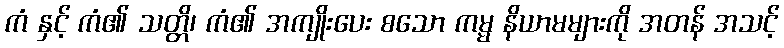
ကံ နှင့် ကံ၏ သတ္တိ၊ ကံ၏ အကျိုးပေး စသော ကမ္မ နိယာမများကို အတန် အသင့်